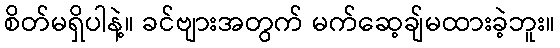
စိတ်မရှိပါနဲ့။ ခင်ဗျားအတွက် မက်ဆေ့ချ်မထားခဲ့ဘူး။